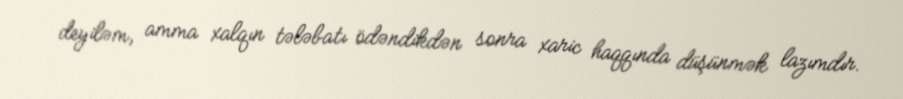
deyiləm, amma xalqın tələbatı ödəndikdən sonra xaric haqqında düşünmək lazımdır.